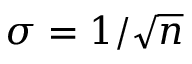
\sigma = 1 / { \sqrt { n } }